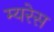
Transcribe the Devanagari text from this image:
म्यरेस